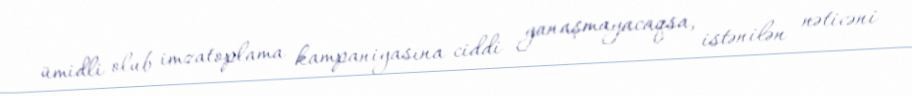
ümidli olub imzatoplama kampaniyasına ciddi yanaşmayacaqsa, istənilən nəticəni